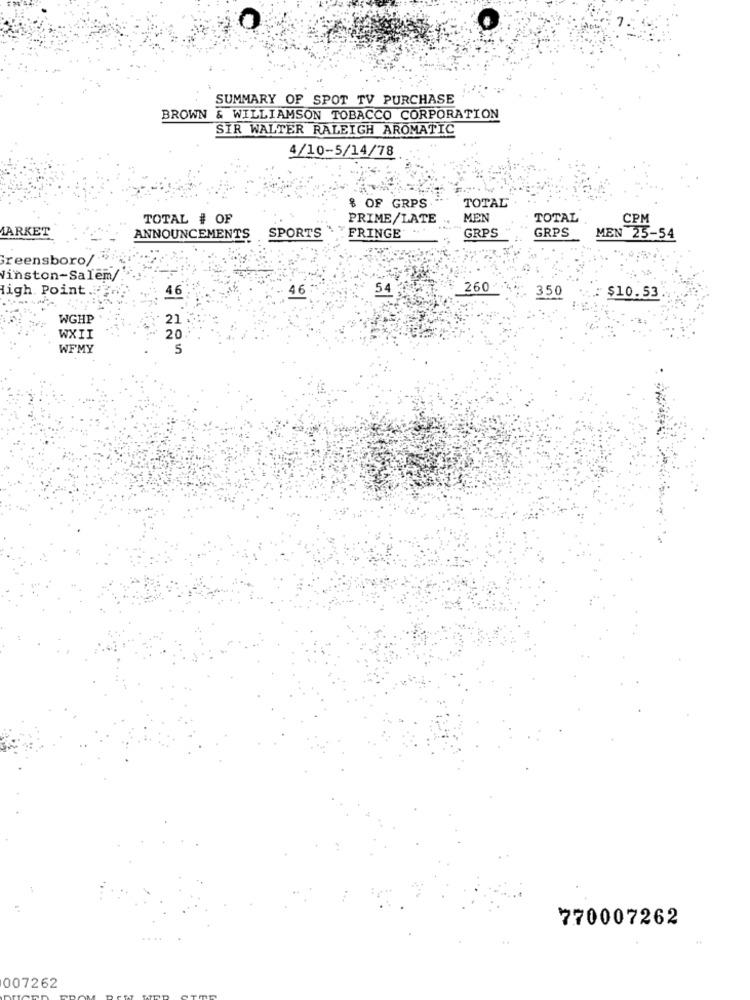
SUMMARY OF SPOT TV PURCHASE
BROWN & WILLIAMSON TOBACCO CORPORATION
SIR WALTER RALEIGH AROMATIC
4/10-5/14/78
TOTAL
8 OF GRPS
TOTAL # OF
PRIME/LATE
MEN
TOTAL
CPM
MARKET
GRPS
GRPS
ANNOUNCEMENTS
SPORTS
FRINGE
MEN 25-54
Greensboro/
Winston-Salem/
High Point.
46
46
54
260
**: 350
$10.53
WGHP
21
WXII
20
WFMY
5
770007262
..
007262